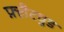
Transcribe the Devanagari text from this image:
फ़्लैटवुड